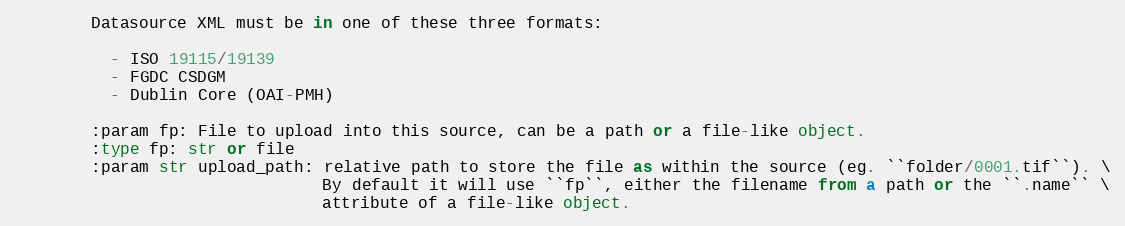
Language: Python
        Datasource XML must be in one of these three formats:

          - ISO 19115/19139
          - FGDC CSDGM
          - Dublin Core (OAI-PMH)

        :param fp: File to upload into this source, can be a path or a file-like object.
        :type fp: str or file
        :param str upload_path: relative path to store the file as within the source (eg. ``folder/0001.tif``). \
                                By default it will use ``fp``, either the filename from a path or the ``.name`` \
                                attribute of a file-like object.